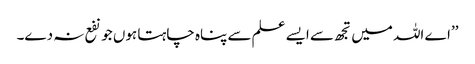
’’اے اللہ میں تجھ سے ایسے علم سے پناہ چاہتا ہوں جو نفع نہ دے۔